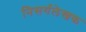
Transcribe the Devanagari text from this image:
निसर्गलेखक